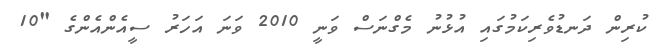
ކުރިން ދަނޑުވެރިކަމުގައި އުޅުނު މެގްނަސް ވަނީ 2010 ވަނަ އަހަރު ސީއެންއެންގެ "10